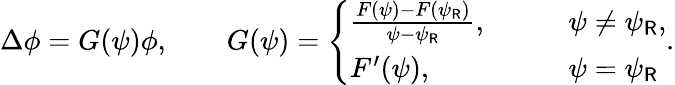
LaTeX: \Delta\phi=G(\psi)\phi,\qquad G(\psi)=\left\{ \begin{array}{ll}{\frac{F(\psi)-F(\psi_{\mathsf{R}})}{\psi-\psi_{\mathsf{R}}},\qquad}&{\psi\not=\psi_{\mathsf{R}},}\\ {F^{\prime}(\psi),\qquad}&{\psi=\psi_{\mathsf{R}}}\end{array}\right..